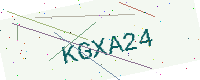
Text: KGXA24